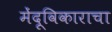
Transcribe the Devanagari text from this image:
मेंदूविकाराचा